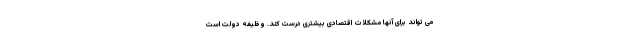
می تواند برای آنها مشکلات اقتصادی بیشتری درست کند. وظیفه دولت است